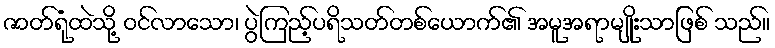
ဇာတ်ရုံထဲသို့ ဝင်လာသော၊ ပွဲကြည့်ပရိသတ်တစ်ယောက်၏ အမူအရာမျိုးသာဖြစ် သည်။